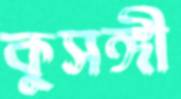
কুসঙ্গী